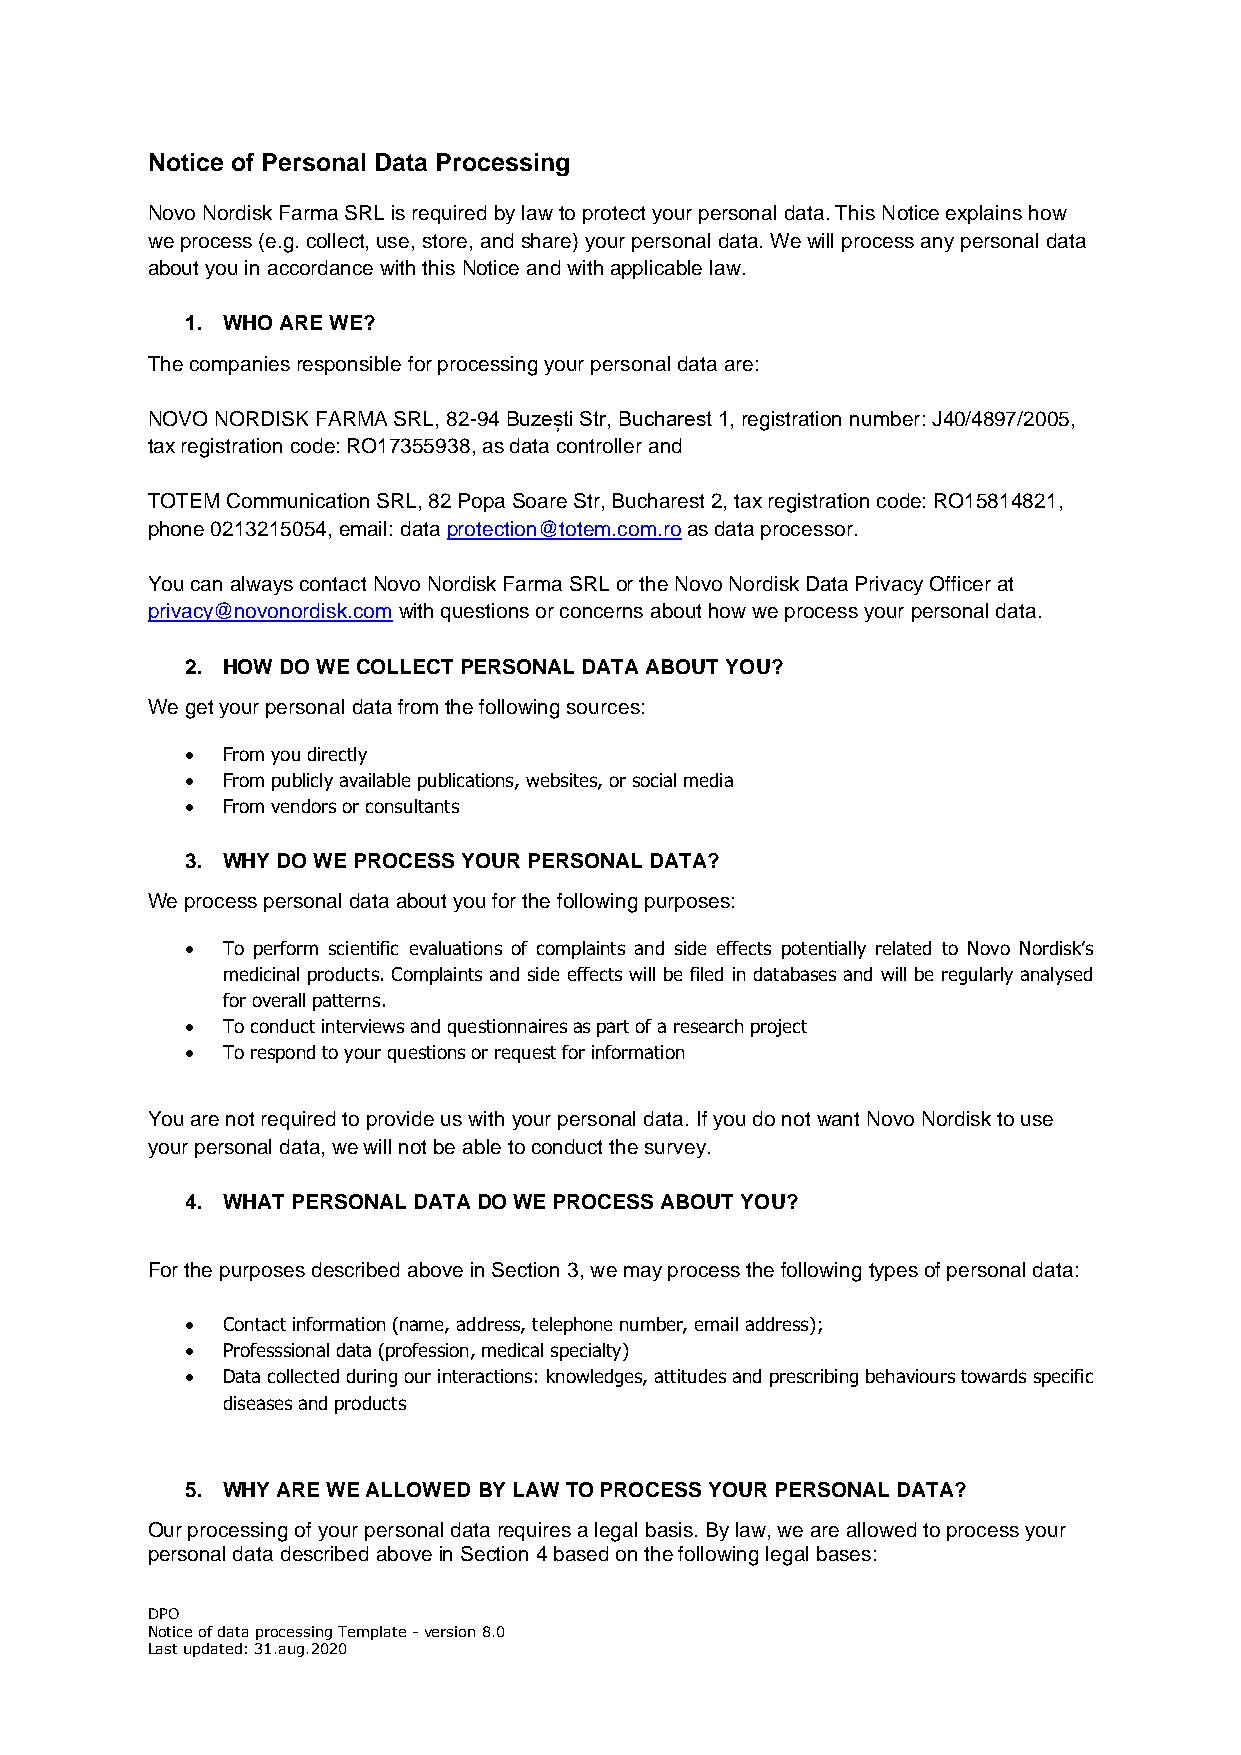
Notice of Personal Data Processing
 Novo Nordisk Farma SRL is required by law to protect your personal data. This Notice explains how
 we process (e.g. collect, use, store, and share) your personal data. We will process any personal data
 about you in accordance with this Notice and with applicable law.
 1. WHO ARE WE?
 The companies responsible for processing your personal data are:
 NOVO NORDISK FARMA SRL, 82-94 Buzești Str, Bucharest 1, registration number: J40/4897/2005,
 tax registration code: RO17355938, as data controller and
 TOTEM Communication SRL, 82 Popa Soare Str, Bucharest 2, tax registration code: RO15814821,
 phone 0213215054, email: data protection@totem.com.ro as data processor.
 You can always contact Novo Nordisk Farma SRL or the Novo Nordisk Data Privacy Officer at
 privacy@novonordisk.com with questions or concerns about how we process your personal data.
 2. HOW DO WE COLLECT PERSONAL DATA ABOUT YOU?
 We get your personal data from the following sources:
 •  From you directly
 •  From publicly available publications, websites, or social media
 •  From vendors or consultants
 3. WHY DO WE PROCESS YOUR PERSONAL DATA?
 We process personal data about you for the following purposes:
 •  To perform scientific evaluations of complaints and side effects potentially related to Novo Nordisk’s
 medicinal products. Complaints and side effects will be filed in databases and will be regularly analysed
 for overall patterns.
 •  To conduct interviews and questionnaires as part of a research project
 •  To respond to your questions or request for information
 You are not required to provide us with your personal data. If you do not want Novo Nordisk to use
 your personal data, we will not be able to conduct the survey.
 4. WHAT PERSONAL DATA DO WE PROCESS ABOUT YOU?
 For the purposes described above in Section 3, we may process the following types of personal data:
 •  Contact information (name, address, telephone number, email address);
 •  Professsional data (profession, medical specialty)
 •  Data collected during our interactions: knowledges, attitudes and prescribing behaviours towards specific
 diseases and products
 5. WHY ARE WE ALLOWED BY LAW TO PROCESS YOUR PERSONAL DATA?
 Our processing of your personal data requires a legal basis. By law, we are allowed to process your
 personal data described above in Section 4 based on the following legal bases:
 DPO
 Notice of data processing Template - version 8.0
 Last updated: 31.aug.2020